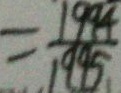
= \frac { 1 9 9 4 } { 1 9 9 5 }